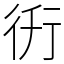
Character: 𧗤